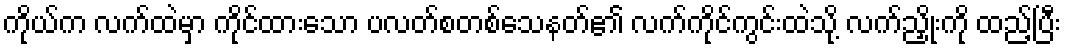
ကိုယ်က လက်ထဲမှာ ကိုင်ထားသော ပလတ်စတစ်သေနတ်၏ လက်ကိုင်ကွင်းထဲသို့ လက်ညှိုးကို ထည့်ပြီး